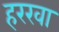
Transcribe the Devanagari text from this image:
हरखा